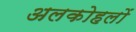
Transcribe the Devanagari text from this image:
अलकोहलों